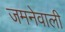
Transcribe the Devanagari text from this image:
जमनेवाली